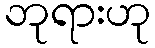
ဘုရားဟု